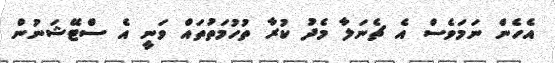
އެހެން ނަމަވެސް އެ ޗެނަލާ މެދު ކުރާ ތުހުމަތުތައް ވަނީ އެ ސްޓޭޝަނުން